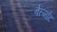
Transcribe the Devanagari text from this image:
बेल्माँट